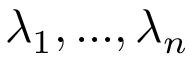
\lambda _ { 1 } , . . . , \lambda _ { n }